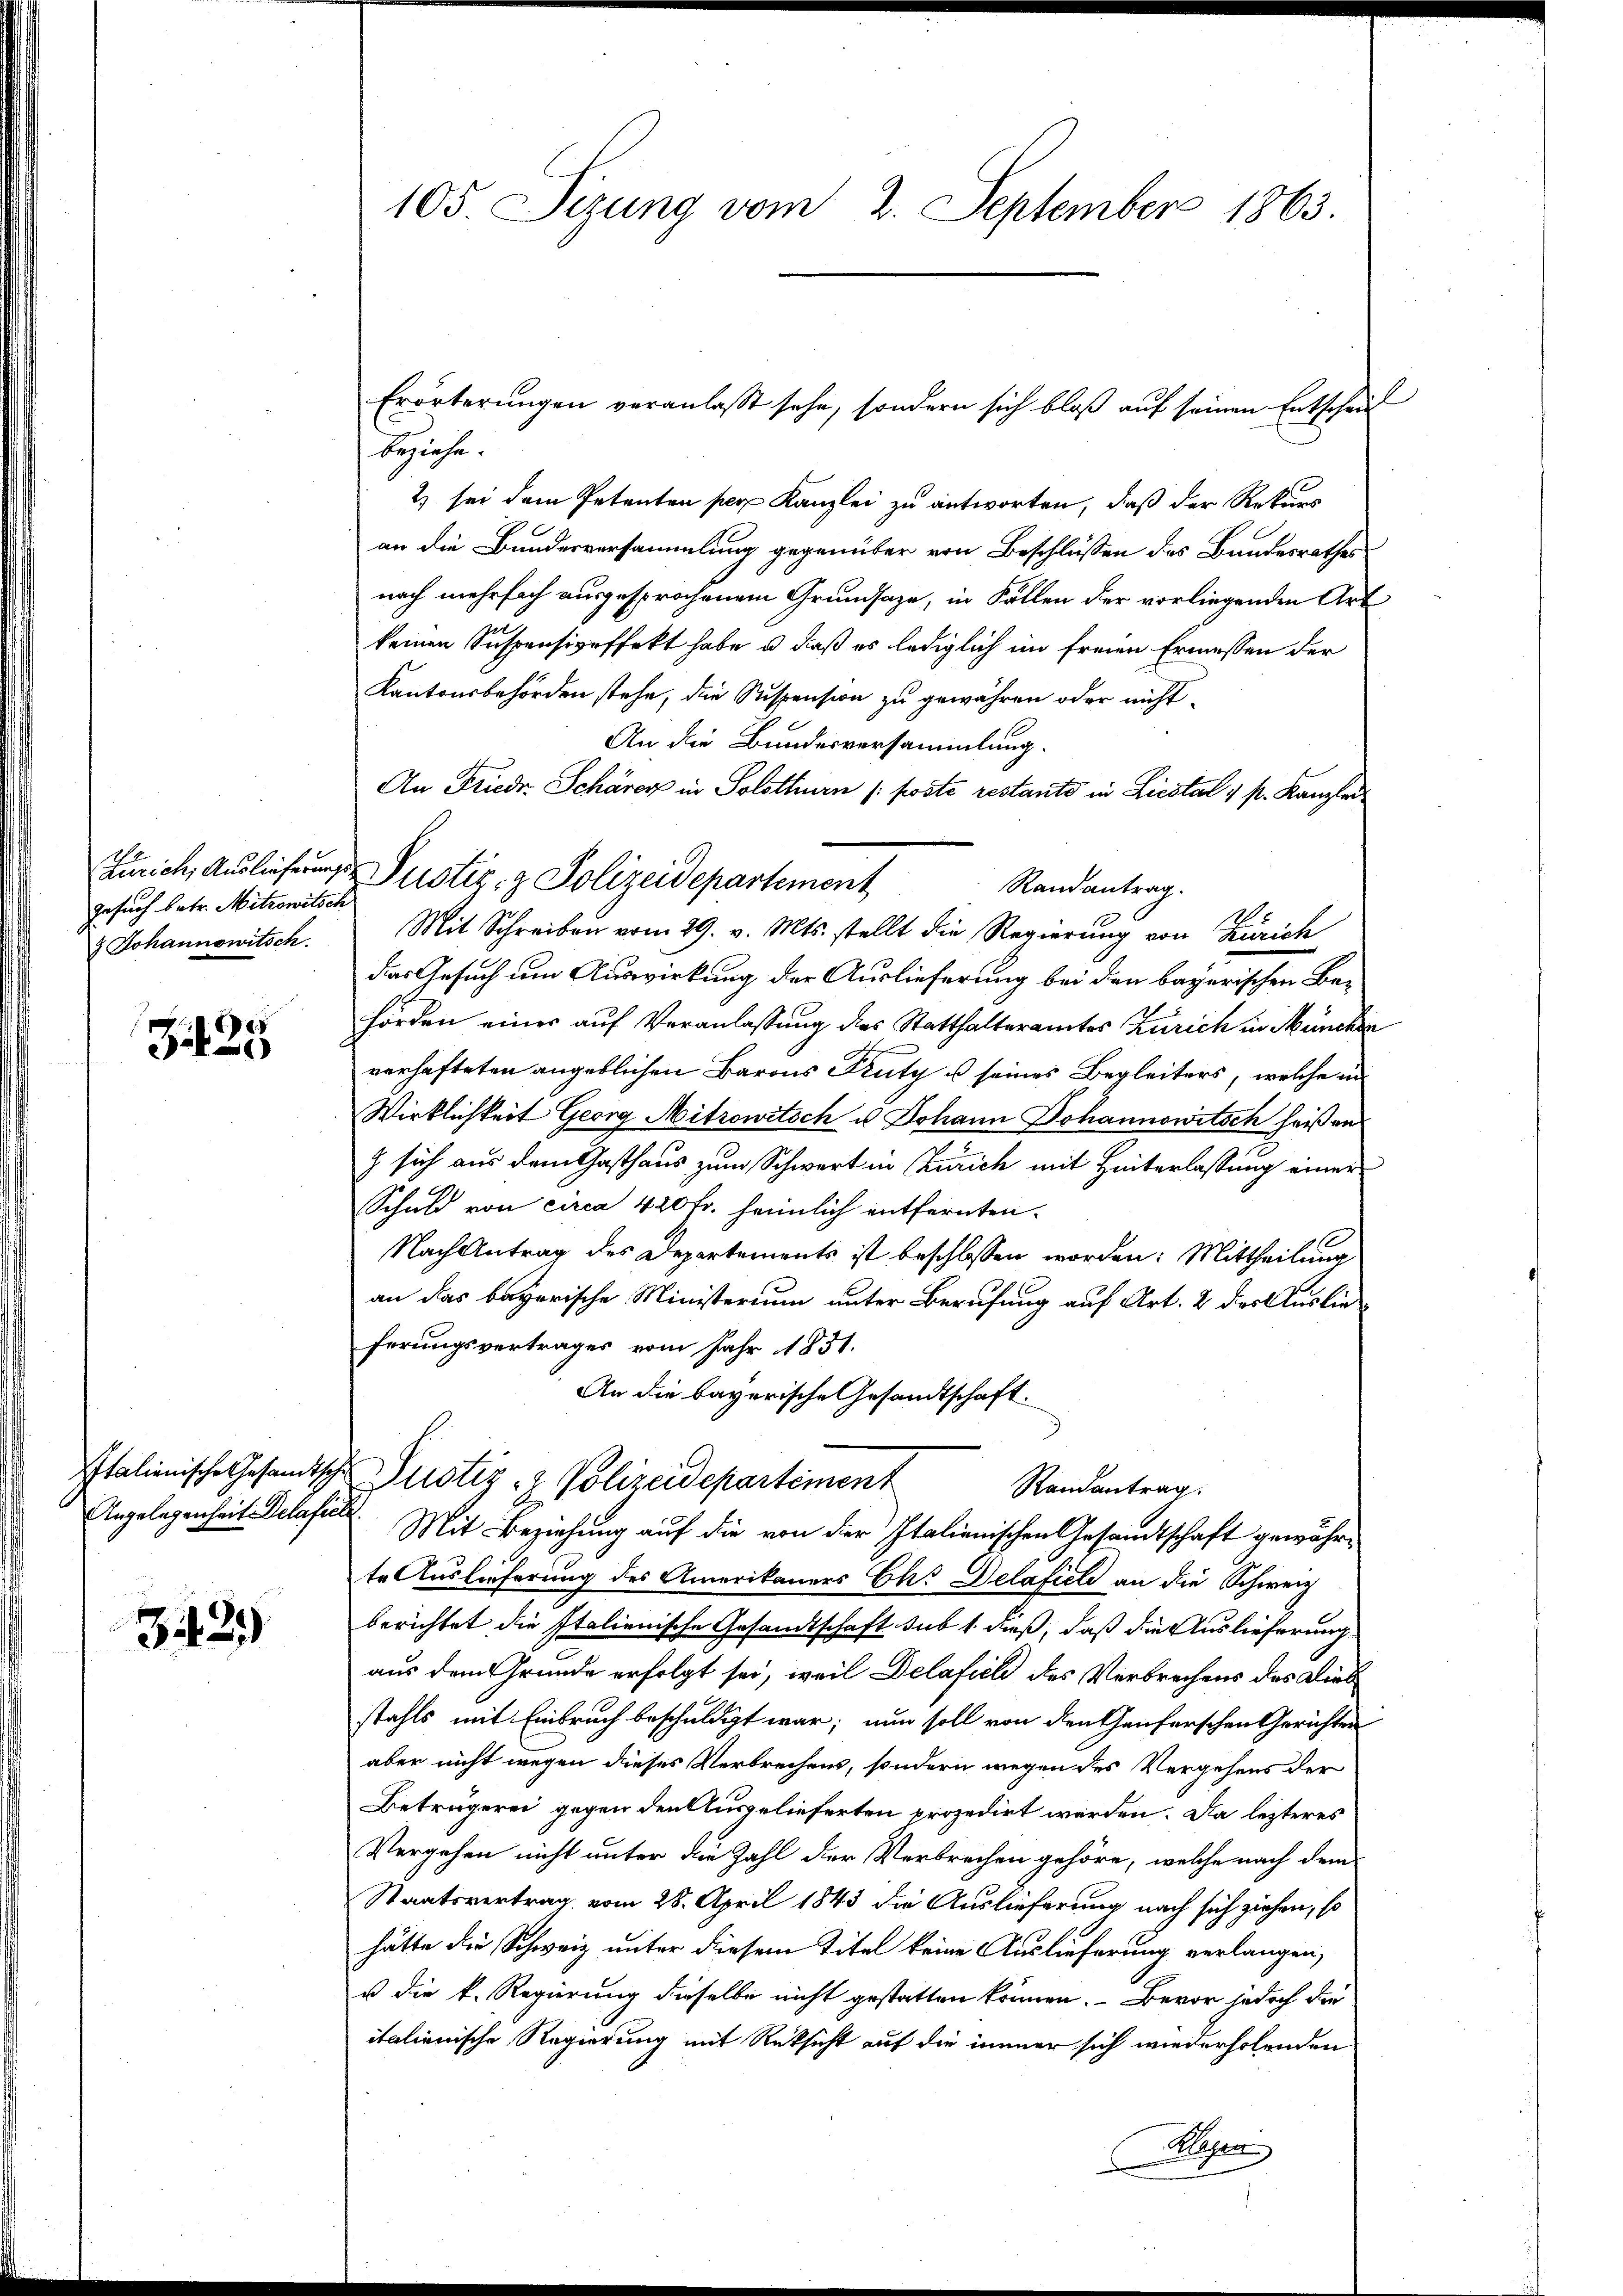
gesuch betr. Mitrowitsch
& Johannowitsch.

e
J

3439)

105. Sizung vom 2. September 1863.

beziehe.
2) sei dem Petenten per Kanzlei zu antworten, daß der Rekurs
an die Bundesversammlung gegenüber von Beschlüssen des Bundesrathes
nach mehrfach ausgesprochenem Grundsaze, in Fällen der vorliegenden Art
keinen Suspensiveffekt habe u. daß es lediglich im freien Ermessen der
Kantonsbehörden stehe, die Suspension zu gewähren oder nicht
An die Bundesversammlung.
An Friedr. Schärer in Solothurn (: poste restante in Liestal 1 st. Kanzler
Randantrag.
Mit Schreiben vom 29. v. Mts. stellt die Regierung von Zürich
das Gesuch um Auswirkung der Auslieferung bei den bayerischen Behörden einer auf Veranlassung des Statthalteramtes Zürich in Müncher
verhafteten angeblichen Barons Kuty u seines Begleiters, welche in
Wirklichkeit Georg Mitrowitsch u. Johann Johannowitsch heiß aus
z sich aus dem Gasthaus zum Schwert in Zürich mit Hinterlassung einer
Schuld von circa 420 fr. heimlich entfernten.
Nach Antrag des Departements ist beschlossen worden: Mittheilung
an das bayerische Ministerium unter Berufung auf Art. 2 des Auslieferungsvertrages vom Jahr 1831.
An die bayerische Gesandtschaft.
Italienische Gesandtsche Zustiz- & Polizeidepartement
Randantrag.
Angelegenheit Delafen. Mit Beziehung auf die von der Italienischen Gesandtschaft gewährte Auslieferung des Amerikaners Chr Delafiele an die Schweiz
berichtet die Italienische Gesandtschaft sub 1. dieß, daß die Auslieferung
aus dem Grunde erfolgt sei, weil Delafiel des Verbrechens des Diebstahls mit Einbruch beschuldigt war; nun soll von den thauferschen Gerichten
aber nicht wegen dieses Verbrechens, sondern wegen des Vergehens der
Beträgerei gegen den Ausgelieferten prozedirt werden. Da lezteres
Vergehen nicht unter die Zahl der Verbrechen gehöre, welche nach dem
Staatsvertrag vom 28. April 1843 die Auslieferung nach sich ziehen, so
hätte die Schweiz unter diesem Titel keine Auslieferung verlangen,
u die k. Regierung dieselbe nicht gestatten können. Bevor jedoch die
italienische Regierung mit Rüksicht auf die immer sich wiederholenden
Weigen

Zürich, Auslieferung Pustiz- & Polizeidepartement

Erörterungen veranlaßt sehe, sondern sich bloß auf seinen Entschei